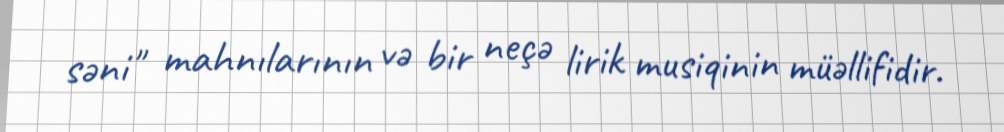
səni" mahnılarının və bir neçə lirik musiqinin müəllifidir.